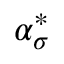
\alpha _ { \sigma } ^ { * }